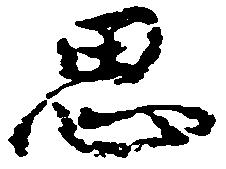
思